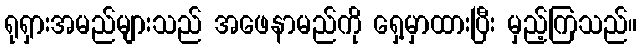
ရုရှားအမည်များသည် အဖေနာမည်ကို ရှေ့မှာထားပြီး မှည့်ကြသည်။